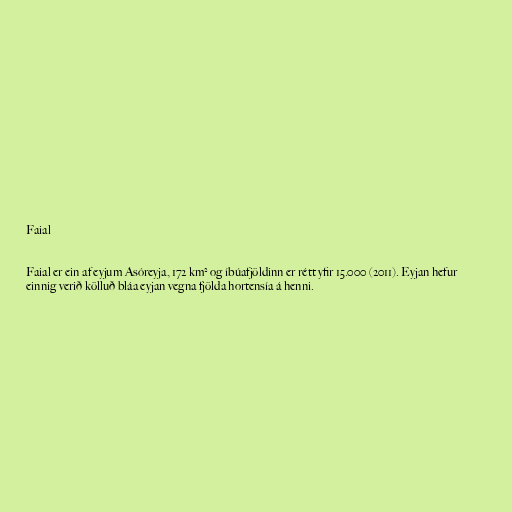
Faial

Faial er ein af eyjum Asóreyja, 172 km² og íbúafjöldinn er rétt yfir 15.000 (2011). Eyjan hefur
einnig verið kölluð bláa eyjan vegna fjölda hortensía á henni.